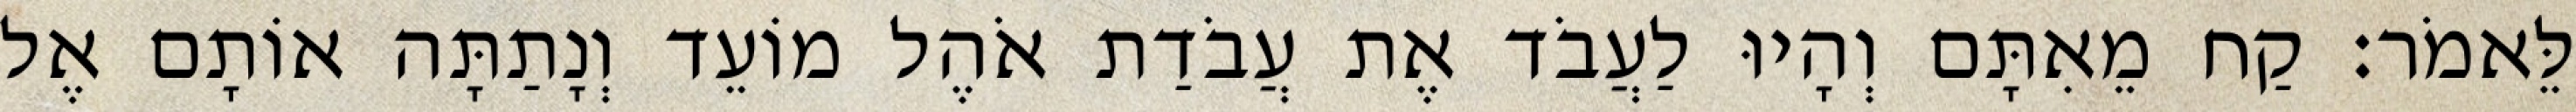
לֵּאמֹר׃ קַח מֵאִתָּם וְהָיוּ לַעֲבֹד אֶת עֲבֹדַת אֹהֶל מוֹעֵד וְנָתַתָּה אוֹתָם אֶל